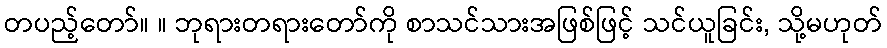
တပည့်တော်။ ။ ဘုရားတရားတော်ကို စာသင်သားအဖြစ်ဖြင့် သင်ယူခြင်း, သို့မဟုတ်